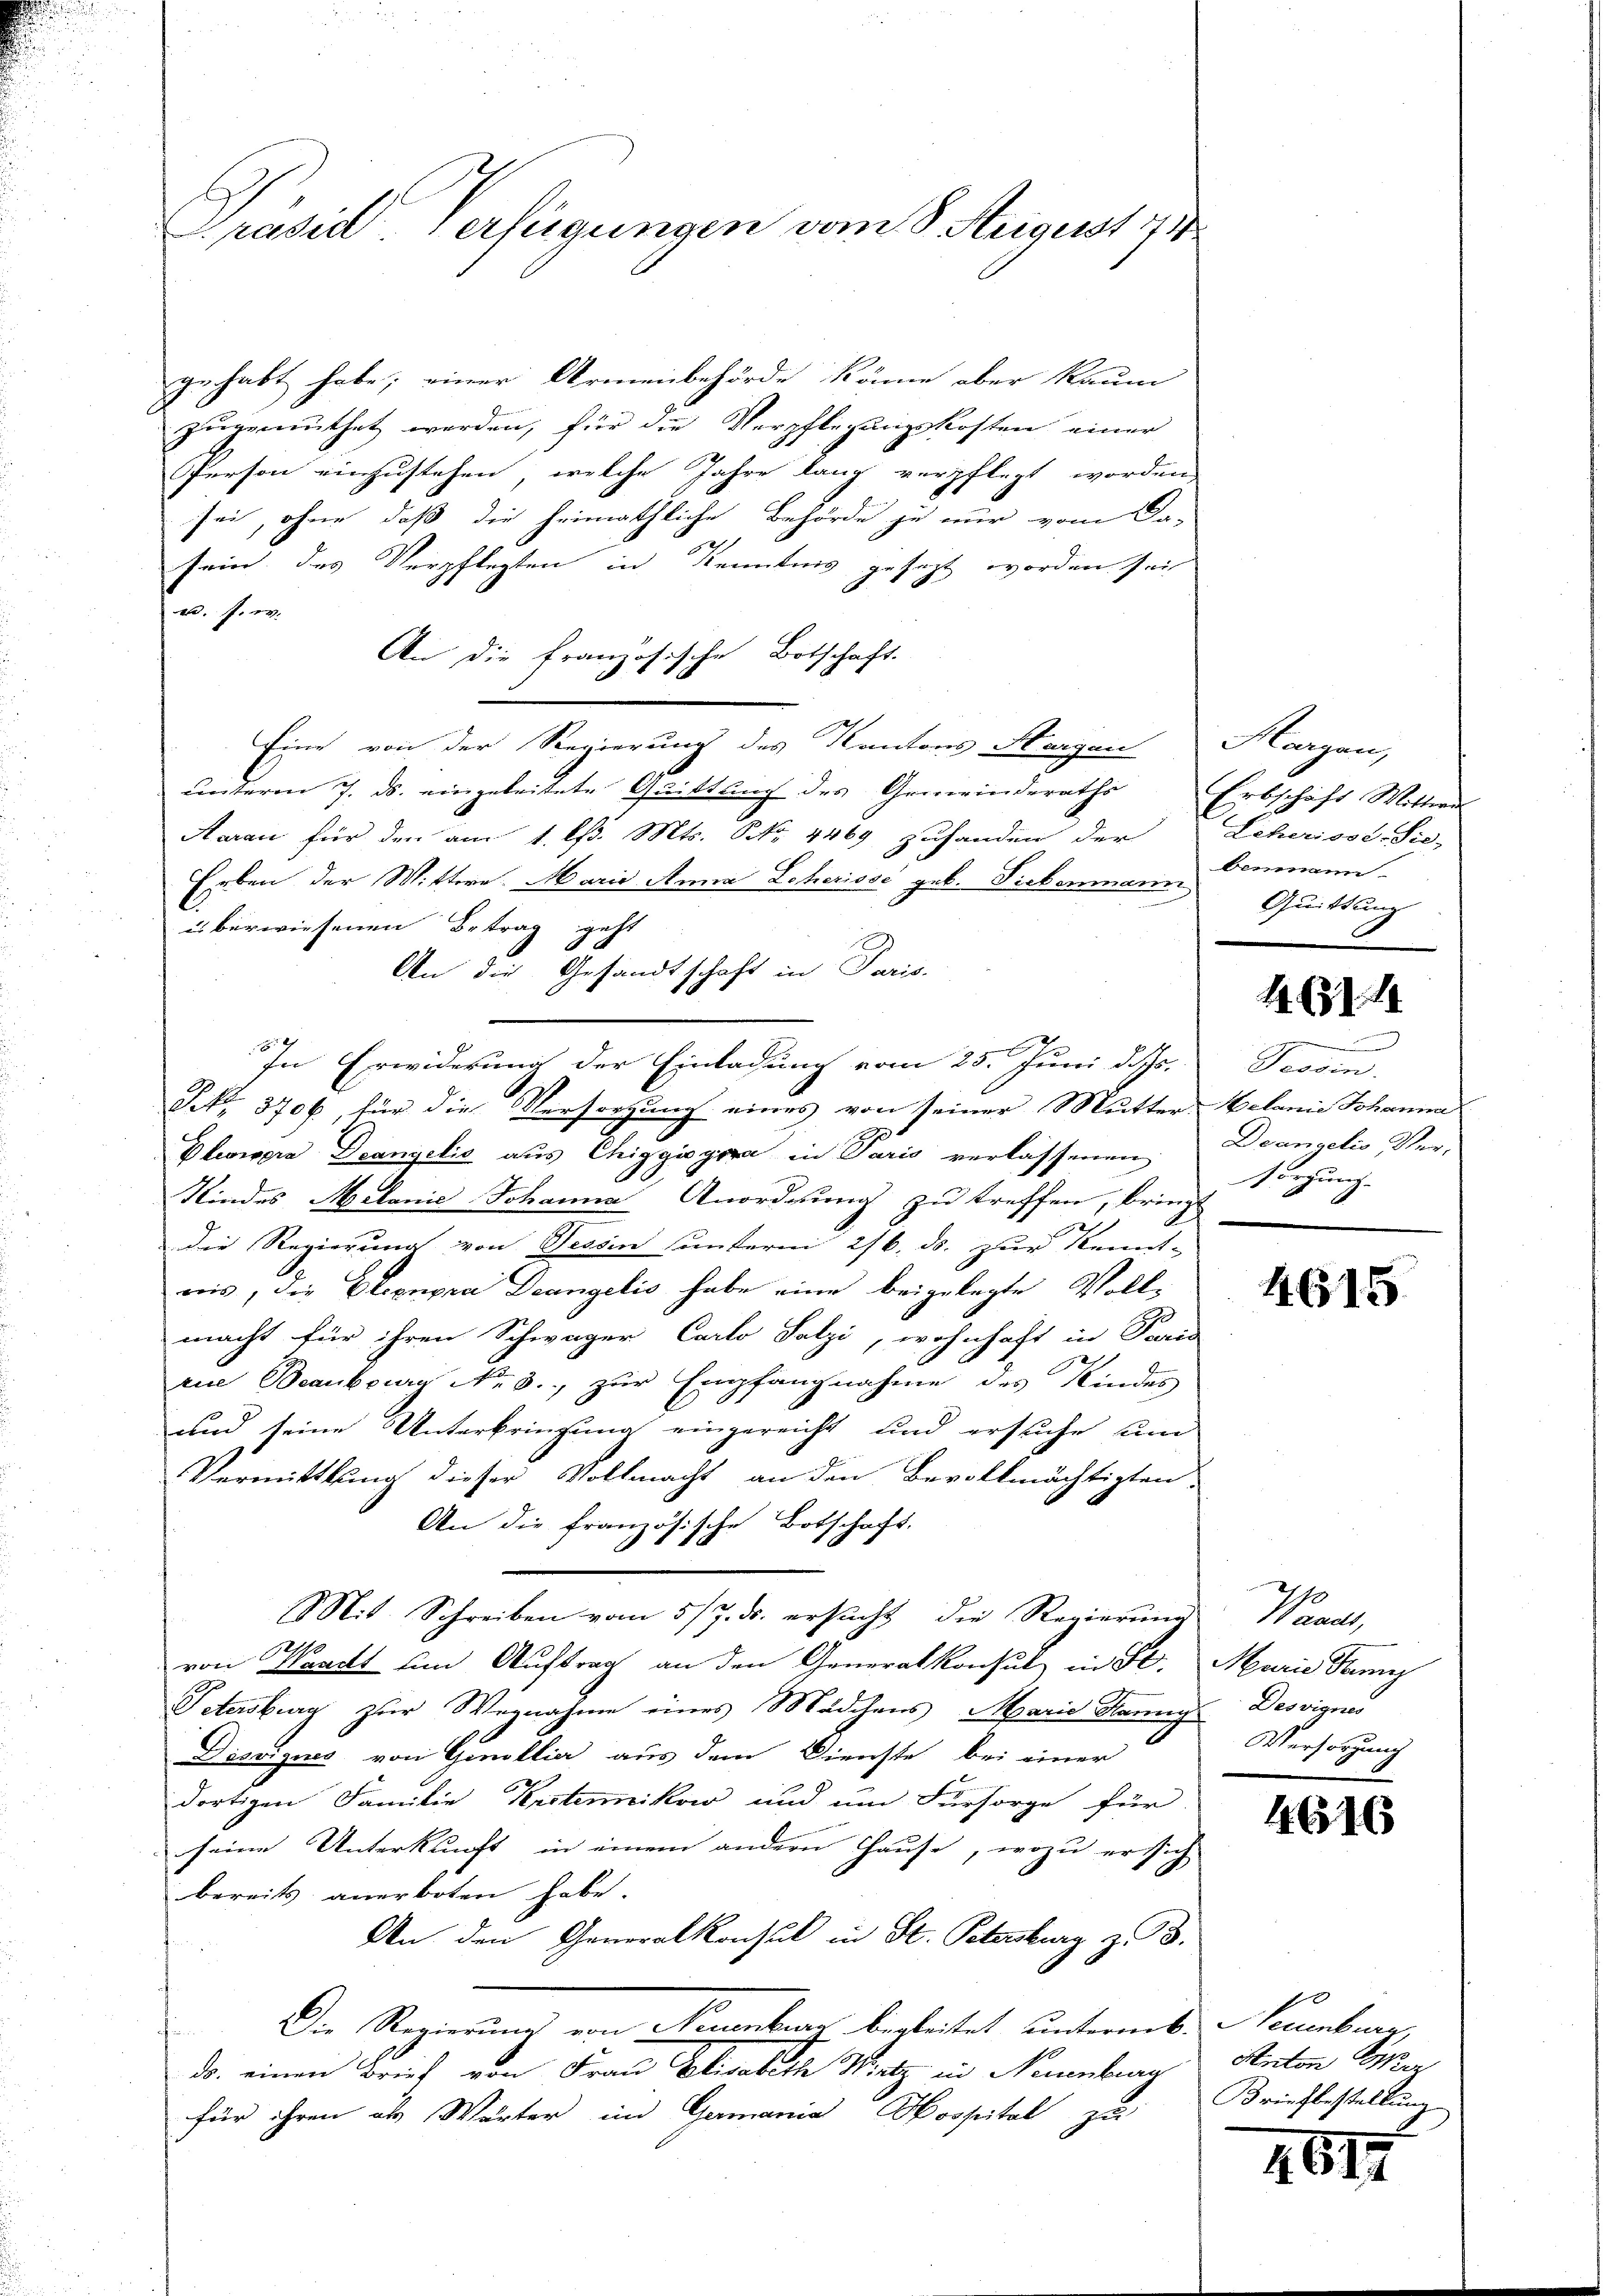
G
Brasid erfügungen vom 8. August 14

gehabt habe; einer Armenbehörde könne aber kaum
zugemuthet werden, für die Verpflegungskosten einer
Person einzustehen, welche Jahre lang verpflegt worden,
sei, ohne daß die heimathliche Behörde je nur vom Da-
sein des Verpflegten in Kenntnis gesagt worden sei
a. f. ev.
An die Französische Botschaft.
Eine von der Regierung des Kantons Hergan
unterm 7. ds. eingeleitete Quittung des Gemeinderaths Erbschäft Wittwe
Aarau für den am 1. l. Mts. No. 4469 zuhanden der
Erben der Wittere. Maria Anna Leherisse geb. Siebenmann
.
überwiesenen Betrag geht
An die Gesandtschaft in Paris.
In Erwiderung der Einladung vom 25. Juni d. Js.
NNo. 3706 für die Versorgung eines von seiner Mutter-Welanie Johanna
Dlevisora Deangelis aus Chiggisgira in Paris verlassenen
Kindes Melanić Johanne Anordnung zu treffen, bringt
die Regierung von Tessin unterm 26. ds. zur Kennt-
reis, die Eleonora Deangelis habe eine beigelegte Vollmacht für ihren Schwäger Carlo Salzi, wohnhaft in Paris
rie Beaubourg No. 3., zur Empfangnahme des Kindes
und seine Unterbringung eingereicht und ersuche un
Vermittlung dieser Vollmacht an den Bevollmächtigten.
An die französische Botschaft.
Mit Schreiben vom 5/7. ds. ersucht, die Regierung
von Waadt um Auftrag an den Generalkonsul in St. Marie Tanz
Petersburg zur Wegnahme eines Mädchens Marie Hanny
Disziges von Genollie aus dem Dienste bei einer
dortigen Familie Krsternikow und um Fürsorge für
seine Unterkunft in einem andern Hause, wozu er sich
bereits anerboten habe.
An den Generalkonsul in St. Petersburg z. B.
Die Regierung von Neuenburg begleitet unterm 6. Neuenbruar,
f
ds. einen Brief von Frau Elisabeth Wietz in Neuenburg
für ihren als Wärter im Germania Hospital zu Brieflestellung

Morgen,
Scherisse Sie-
benmann
Quittung

16314

Tessin.
Deangelis Ver-
sorgung

4615

Kann
Des vigner
Versorgung

4616

Kanton Weer

4617